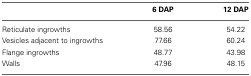
|  | 6 DAP | 12 DAP |
 | --- | --- | --- |
 | Reticulate ingrowths | 58.56 | 54.22 |
 | Vesicles adjacent to ingrowths | 77.66 | 60.24 |
 | Flange ingrowths | 48.77 | 43.98 |
 | Walls | 47.96 | 48.15 |